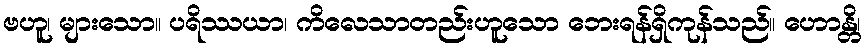
ဗဟူ၊ များသော။ ပရိဿယာ၊ ကိလေသာတည်းဟူသော ဘေးရန်ရှိကုန်သည်။ ဟောန္တိ၊